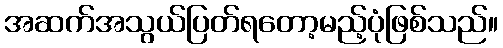
အဆက်အသွယ်ပြတ်ရတော့မည့်ပုံဖြစ်သည်။